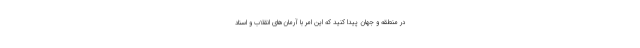
در منطقه و جهان پیدا کنید که این امر با آرمان‌های انقلاب و اسناد